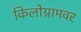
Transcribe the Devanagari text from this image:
किलोग्रामवर